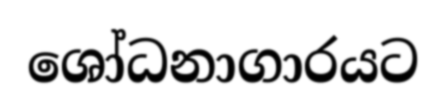
ශෝධනාගාරයට